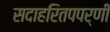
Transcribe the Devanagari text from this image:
सदाहरितपपर्णी